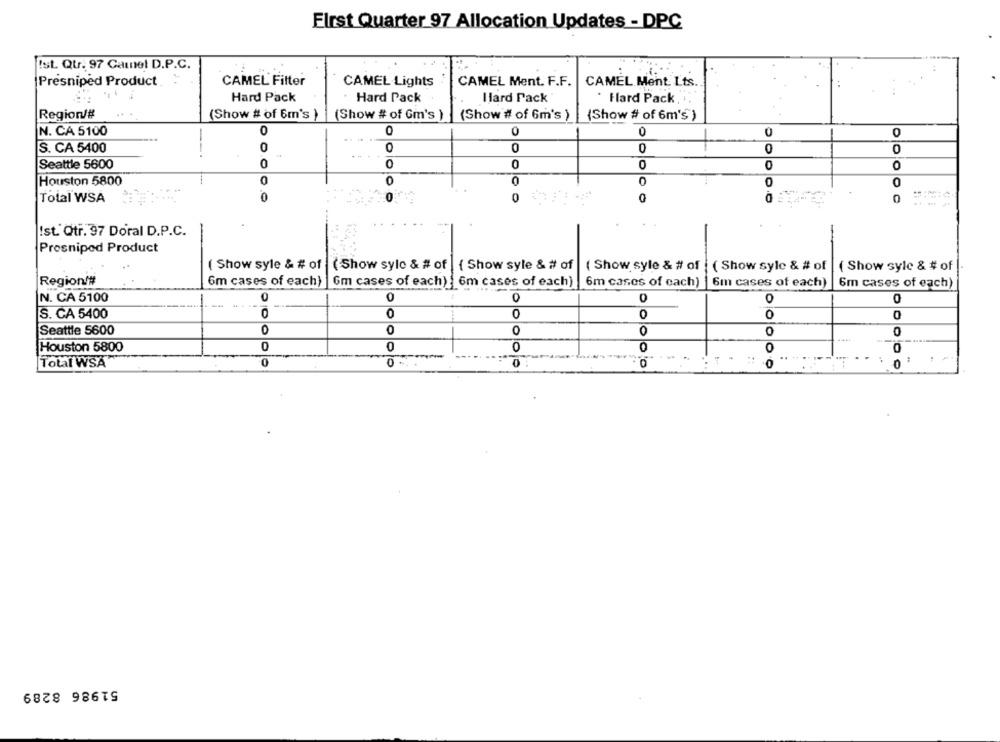
First Quarter 97 Allocation Updates - DPC
Ist. Qtr. 97 Game! D.P.C.
Presniped Product
CAMEL Filter
CAMEL Lights
CAMEL Ment. F.F.
CAMEL Ment. Lts.
:
Hard Pack
Hard Pack
H lard Pack
Hard Pack
Region/#!
(Show # of 6m's )
(Show # of Gm's )
(Show # of Gm's )
(Show # of 6m's )
N. CA 5100
0
0
-
0
S. CA 5400
0
0
--.
O
Seattle 5600
0
0
0
O
Houston 5800
0
0
Total WSA
0
0
0
0
Ist. Qtr. 97 Doral D.P.C.
Prosniped Product
( Show syle & # of ( Show sylc & # of | { Show syle & # of
( Show syle & # of
( Show sylc & # of
( Show sylc & # of
Region/#
6m cases of each) |6m cases of each) : 6m cases of each)
6m cases of each)
6m cases of each)
6m cases of each)
0
N. CA 5100
-
0
0
0
0
S. CA 5400
0
0
0
Seattle 5600
0
0
-
0
0
O
0
Houston 5800
0
0
O
Total WSA"
0
0
0
0
51986 8289